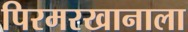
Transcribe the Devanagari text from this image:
पिरमरखानाला